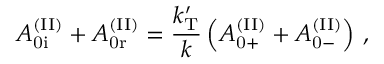
A _ { \mathrm { 0 i } } ^ { \mathrm { ( I I ) } } + A _ { \mathrm { 0 r } } ^ { \mathrm { ( I I ) } } = \frac { k _ { \mathrm { T } } ^ { \prime } } { k } \left( A _ { \mathrm { 0 + } } ^ { \mathrm { ( I I ) } } + A _ { \mathrm { 0 - } } ^ { \mathrm { ( I I ) } } \right) \, ,